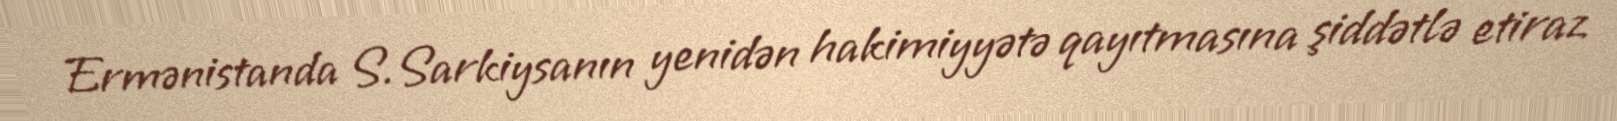
Ermənistanda S.Sarkiysanın yenidən hakimiyyətə qayıtmasına şiddətlə etiraz